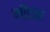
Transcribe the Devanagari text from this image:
मौंटण